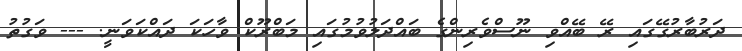
ދަރުބާރުގޭގައި ރޭ ބޭއްވި ނޫސްވެރިންގެ ބައްދަލުވުމުގައި މަބްރޫކް ވާހަކަ ދައްކަވަނީ. --- ވަގުތު